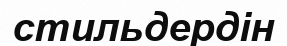
стильдердін